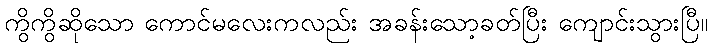
ကွိကွိဆိုသော ကောင်မလေးကလည်း အခန်းသော့ခတ်ပြီး ကျောင်းသွားပြီ။